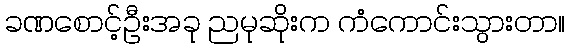
ခဏစောင့်ဦးအခု ညမုဆိုးက ကံကောင်းသွားတာ။